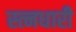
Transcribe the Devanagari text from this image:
स्त्नधारी